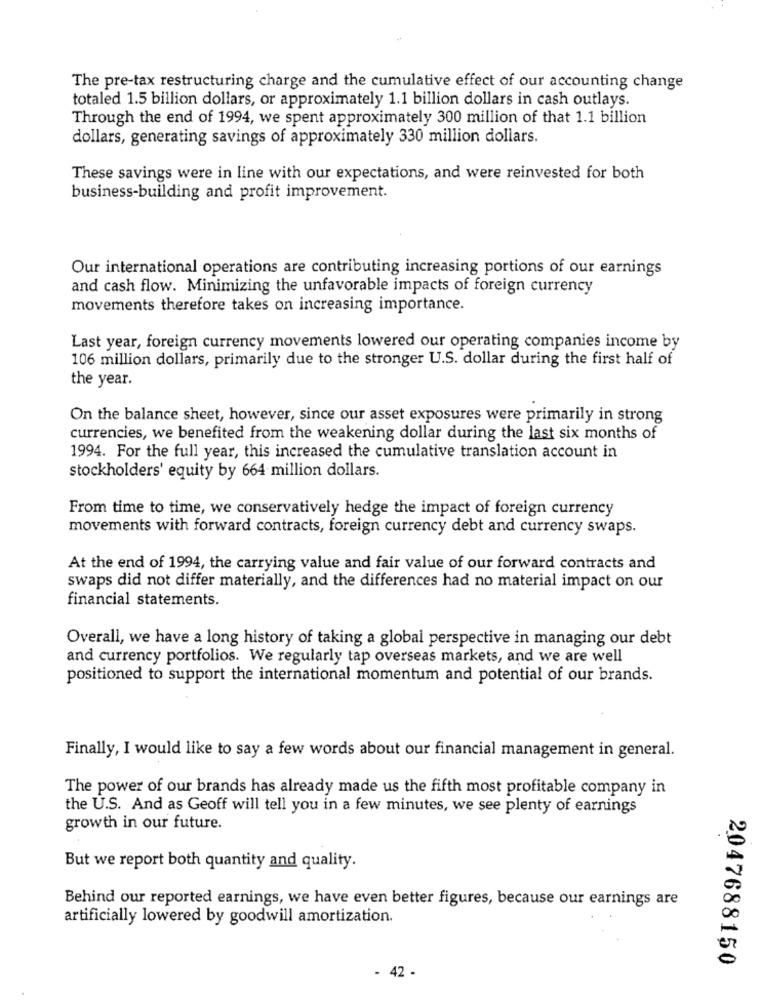
The pre-tax restructuring charge and the cumulative effect of our accounting change
totaled 1.5 billion dollars, or approximately 1.1 billion dollars in cash outlays.
Through the end of 1994, we spent approximately 300 million of that 1.1 billion
dollars, generating savings of approximately 330 million dollars.
These savings were in line with our expectations, and were reinvested for both
business-building and profit improvement.
Our international operations are contributing increasing portions of our earnings
and cash flow. Minimizing the unfavorable impacts of foreign currency
movements therefore takes on increasing importance.
Last year, foreign currency movements lowered our operating companies income by
106 million dollars, primarily due to the stronger U.S. dollar during the first half of
the year.
On the balance sheet, however, since our asset exposures were primarily in strong
currencies, we benefited from the weakening dollar during the last six months of
1994. For the full year, this increased the cumulative translation account in
stockholders' equity by 664 million dollars.
From time to time, we conservatively hedge the impact of foreign currency
movements with forward contracts, foreign currency debt and currency swaps.
At the end of 1994, the carrying value and fair value of our forward contracts and
swaps did not differ materially, and the differences had no material impact on our
financial statements.
Overall, we have a long history of taking a global perspective in managing our debt
and currency portfolios. We regularly tap overseas markets, and we are well
positioned to support the international momentum and potential of our brands.
Finally, I would like to say a few words about our financial management in general.
The power of our brands has already made us the fifth most profitable company in
the U.S. And as Geoff will tell you in a few minutes, we see plenty of earnings
growth in our future.
.
But we report both quantity and quality.
Behind our reported earnings, we have even better figures, because our earnings are
artificially lowered by goodwill amortization.
2047688150
- 42 -